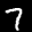
Label: 7